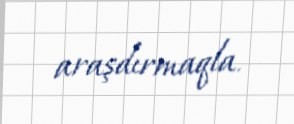
araşdırmaqla.